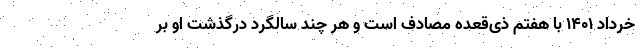
خرداد 1401 با هفتم ذی‌قعده مصادف است و هر چند سالگرد درگذشت او بر